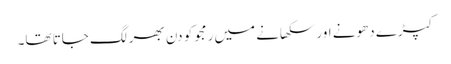
کپڑے دھونے اور سکھانے میں رمجو کو دن بھر لگ جاتا تھا۔